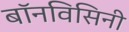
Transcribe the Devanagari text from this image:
बॉनविसिनी